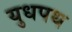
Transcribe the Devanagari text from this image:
युधपथ